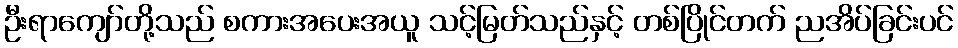
ဦးရာကျော်တို့သည် စကားအပေးအယူ သင့်မြတ်သည်နှင့် တစ်ပြိုင်တက် ညအိပ်ခြင်းပင်